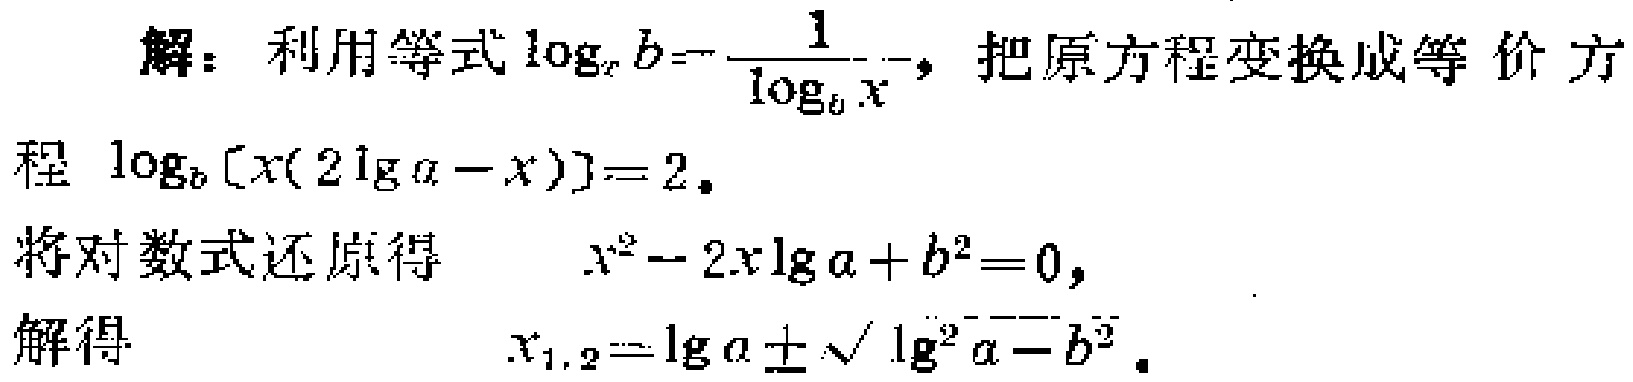
解：利用等式\(\log_{x}b = \frac{1}{\log_{b}x}\)，把原方程变换成等价方程\(\log_{b}[x(2\lg a - x)] = 2\)。
将对数式还原得 \(x^{2}-2x\lg a + b^{2}=0\)，
解得 \(x_{1,2}=\lg a\pm\sqrt{\lg^{2}a - b^{2}}\)。